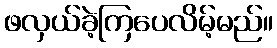
ဖလှယ်ခဲ့ကြပေလိမ့်မည်။